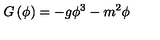
G \left( \phi \right) = - g \phi ^ { 3 } - m ^ { 2 } \phi